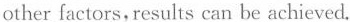
other factors, results can be achieved.